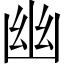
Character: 幽